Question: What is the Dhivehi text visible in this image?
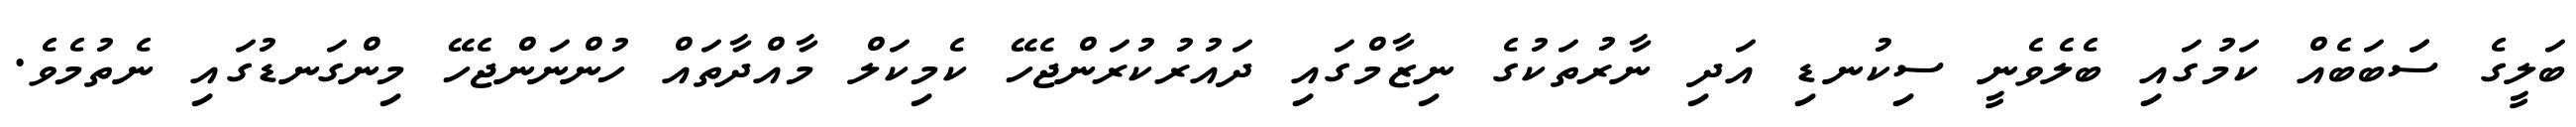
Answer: ބަލީގެ ސަަބަބެއް ކަމުގައި ބެލެވެނީ ސިކުނޑި އަދި ނާރުތަކުގެ ނިޒާމްގައި ދައުރުކުރަންޖެހޭ ކެމިކަލް މާއްދާތައް ހުންނަންޖެހޭ މިންގަނޑުގައި ނެތުމެވެ.